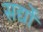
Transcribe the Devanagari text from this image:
सर्द्यों